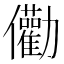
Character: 𠑧